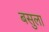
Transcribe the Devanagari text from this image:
बसुला